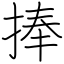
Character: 捧